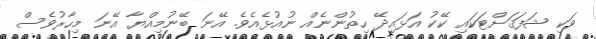
ވަކި ޝަފަޤަށްޓަކައި ކޭކު އަޅައިދޭ ހިތުންނެއް ނުއުޅެއެވެ. އޭނަ ބޭނުމިއްޔާ އޭނަ މިހާރުވެސް